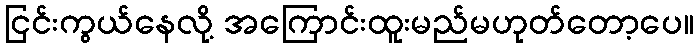
ငြင်းကွယ်နေလို့ အကြောင်းထူးမည်မဟုတ်တော့ပေ။